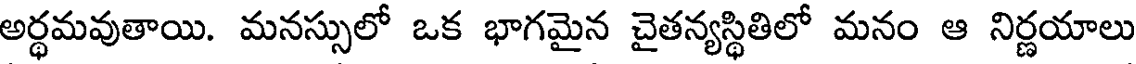
అర్థమవుతాయి. మనస్సులో ఒక భాగమైన చైతన్యస్థితిలో మనం ఆ నిర్ణయాలు